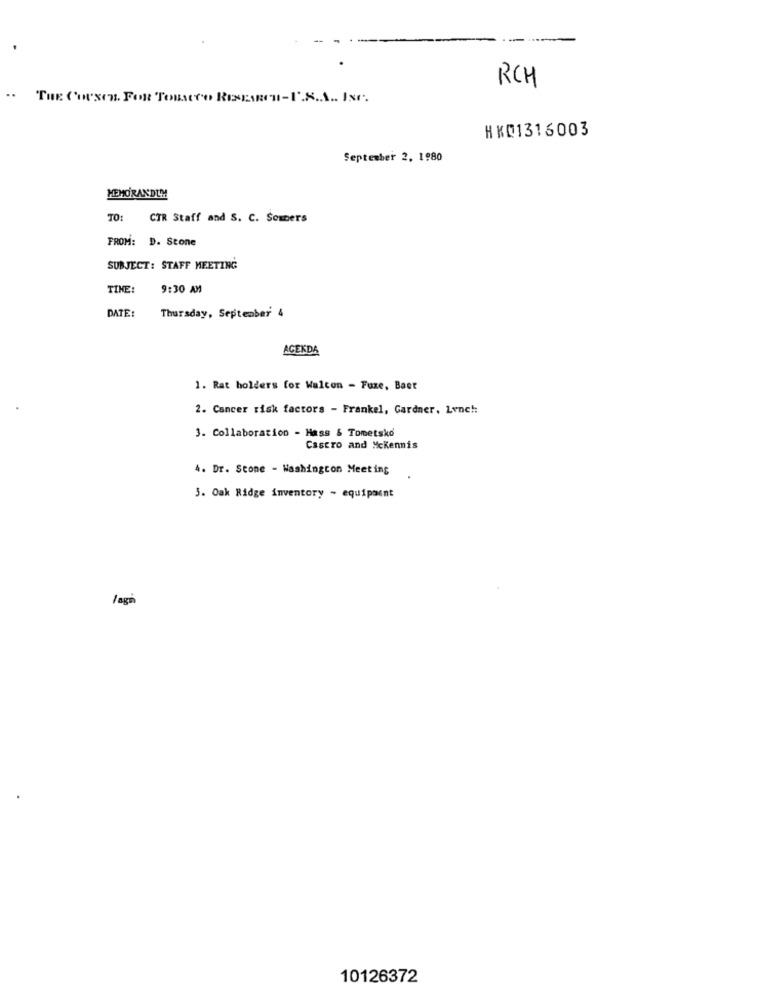
RCH
..
THE CHURCH FOR TOBACCO RESEARCH-U.S.A .. Ist.
HKD1316003
September 2, 1980
MEMORANDUM
TO: CTR Staff and S. C. Sombers
FROM: D. Stone
SUBJECT: STAFF MEETING
TIME:
9:30 AM
DATE:
Thursday, September 4
AGENDA
1. Rat holders for Walcon - Fuze, Baet
2. Cancer risk factors - Frankel, Gardner. Lenc !:
3. Collaboration - Hass & Tometsko
Castro and Mckennis
4. Dr. Stone - Washington Meeting
3. Oak Ridge inventory - equipaent
Jagn
10126372